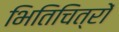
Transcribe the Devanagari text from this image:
भितिचित्रों